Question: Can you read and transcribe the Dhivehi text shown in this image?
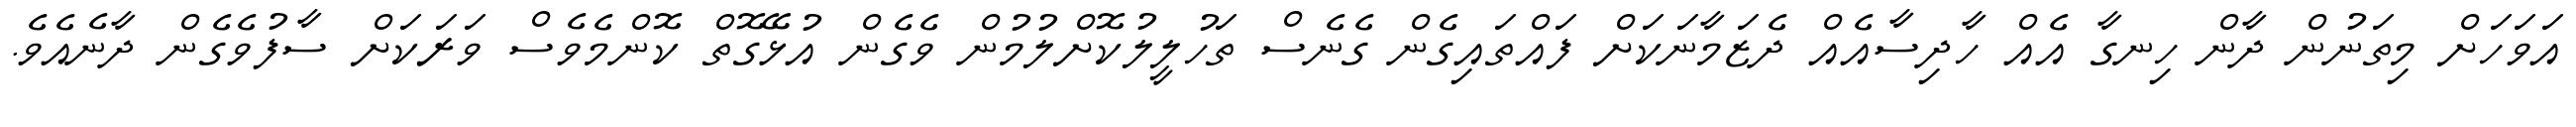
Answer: އަވަހަށް މިތަނުން ދާން ހިނގާ އެއް ހާދިސާއެއް ދެޒަމާނަކަށް ފައްތައިގެން ގެނެސް ތަހުލީލުކޮށްލުމުން ވެގެން އުޅޭގޮތް ކޮންމެވެސް ވަރަކަށް ސާފުވެގެން ދާނެއެވެ.